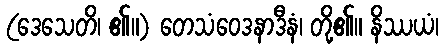
(ဒေသေတိ၊ ၏။) တေသံဝေဒနာဒီနံ၊ တို့၏။ နိဿယံ၊